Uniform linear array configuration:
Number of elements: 8
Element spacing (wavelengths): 1
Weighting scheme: cosine
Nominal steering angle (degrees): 60
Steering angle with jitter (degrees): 59.927
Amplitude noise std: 0.05
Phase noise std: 0.05

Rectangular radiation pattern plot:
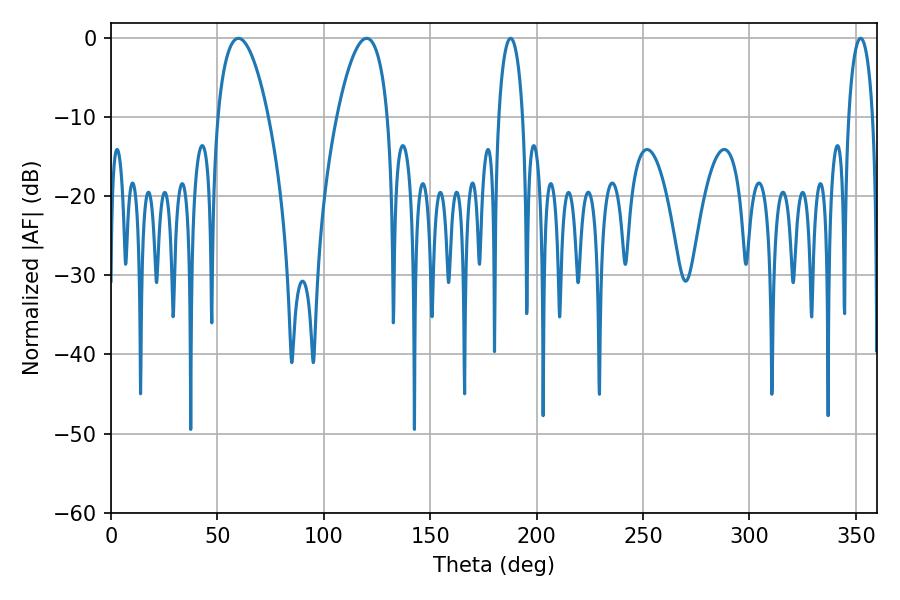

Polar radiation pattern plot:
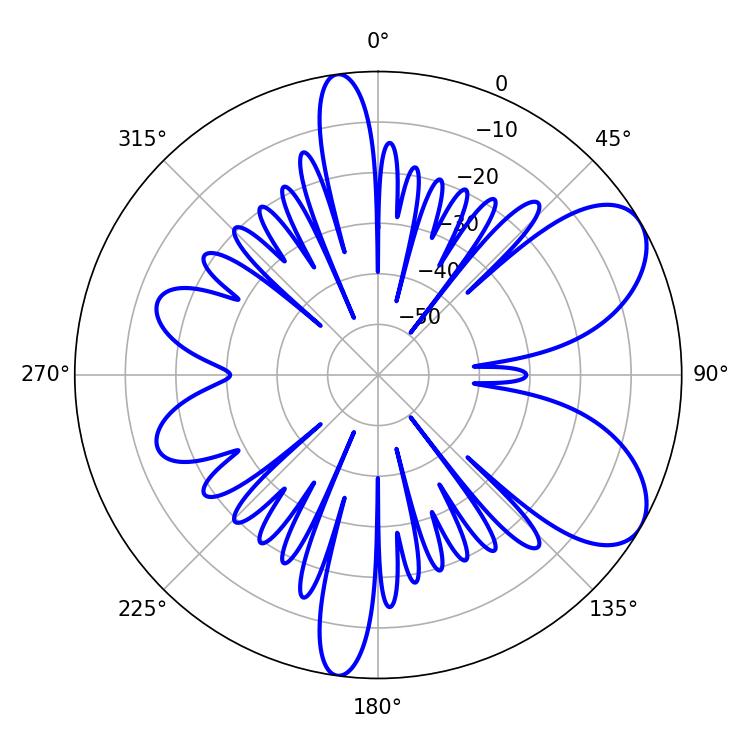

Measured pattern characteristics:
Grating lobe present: TRUE
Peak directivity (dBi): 7.206
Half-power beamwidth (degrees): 6.48
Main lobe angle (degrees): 187.74